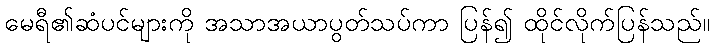
မေရီ၏ဆံပင်များကို အသာအယာပွတ်သပ်ကာ ပြန်၍ ထိုင်လိုက်ပြန်သည်။